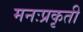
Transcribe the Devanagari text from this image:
मनःप्रकृती